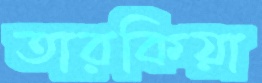
তারকিয়া